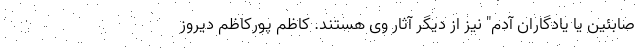
صابئین یا یادگاران آدم" نیز از دیگر آثار وی هستند. کاظم پورکاظم دیروز